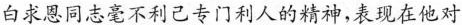
白求恩同志毫不利己专门利人的精神，表现在他对